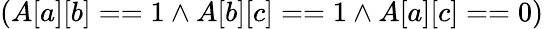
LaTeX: (A[a][b]==1\land A[b][c]==1\land A[a][c]==0)